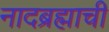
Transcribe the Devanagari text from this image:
नादब्रह्माची